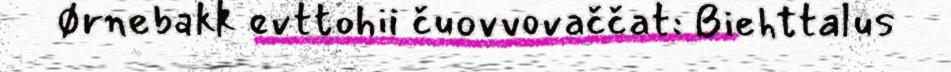
Ørnebakk evttohii čuovvovaččat: Biehttalus